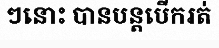
ៗនោះ បានបន្តបើករត់